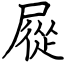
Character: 㞞